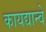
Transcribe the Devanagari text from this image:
कायद्यान्वे